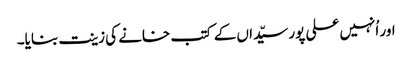
اور اُنہیں علی پور سیّداں کے کتب خانے کی زینت بنایا۔